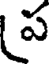
ప